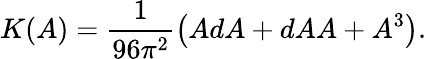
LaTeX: K(A)=\frac{1}{96\pi^{2}}\left(AdA+dAA+A^{3}\right).